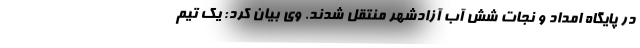
در پایگاه امداد و نجات شش آب آزادشهر منتقل شدند. وی بیان کرد: یک تیم